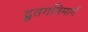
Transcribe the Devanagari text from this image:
द्रुतगतिमार्ग